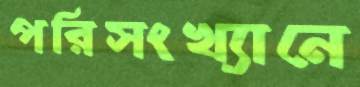
পরিসংখ্যানে